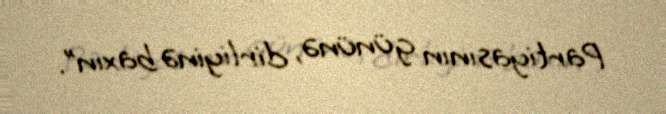
Partiyasının gününə, dirliyinə baxın”.